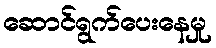
ဆောင်ရွက်ပေးနေမှု